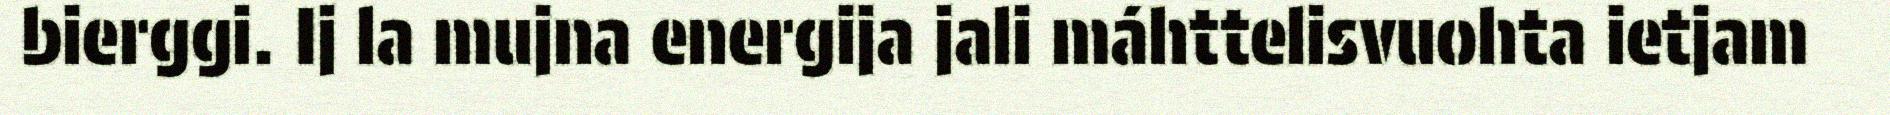
bierggi. Ij la mujna energija jali máhttelisvuohta ietjam